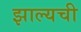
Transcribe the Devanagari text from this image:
झाल्यची